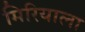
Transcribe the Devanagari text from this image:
मिरियाला